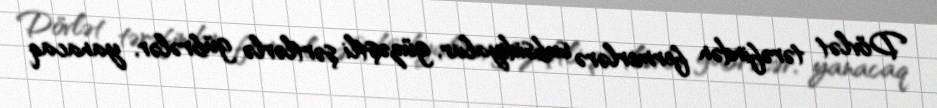
Dövlət tərəfindən fermerlərə subsidiyalar, güzəştli şərtlərlə gübrələr, yanacaq